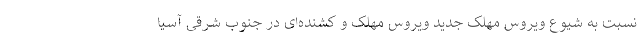
نسبت به شیوع ویروس مهلک جدید ویروس مهلک و کشنده‌ای در جنوب شرقی آسیا